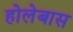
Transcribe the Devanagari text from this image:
होलेबास